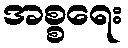
အစ္စရေး